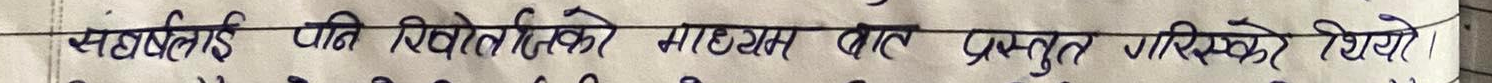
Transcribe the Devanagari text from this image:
सबैलाई पनि विभिन्नताको माध्यम बाट प्रस्तुत गरिरहेका थिए।